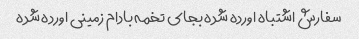
سفارش اشتباه اورده شده بجای تخمه بادام زمینی اورده شده